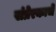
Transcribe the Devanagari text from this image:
संप्रेरकाचे